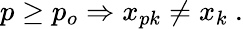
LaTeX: p\ge p_{o}\Rightarrow x_{pk}\ne x_{k}\ .